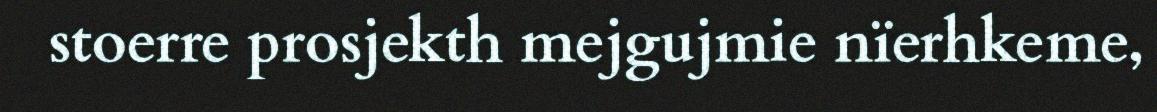
stoerre prosjekth mejgujmie nïerhkeme,